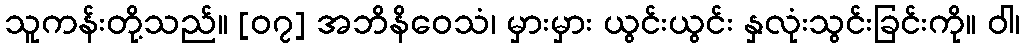
သူကန်းတို့သည်။ [၀၇] အဘိနိဝေသံ၊ မှားမှား ယွင်းယွင်း နှလုံးသွင်းခြင်းကို။ ဝါ၊